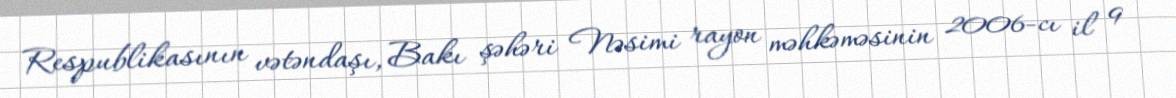
Respublikasının vətəndaşı, Bakı şəhəri Nəsimi rayon məhkəməsinin 2006-cı il 9